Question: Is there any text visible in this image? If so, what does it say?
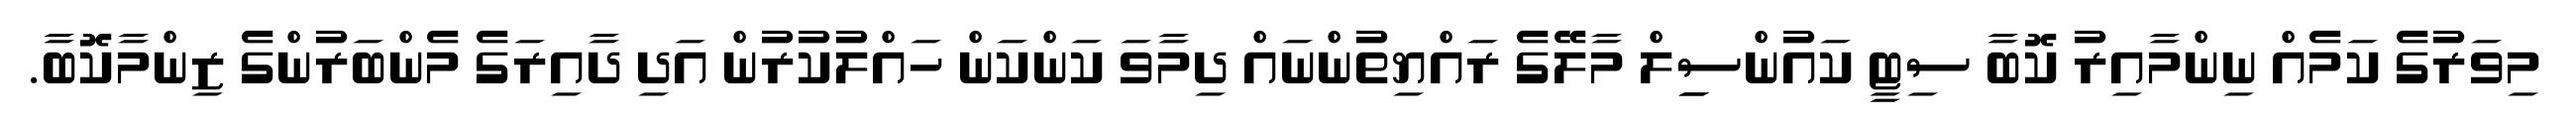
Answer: މިވަރުގެ ކަމެއް ނިންމާއިރު ކޮބާ ސިޓީ ކައުންސިިލް މާލޭގެ ރައްޔިތުންނައް ދިމާވަ ކަންކަން ހައްލުކުރުން އަދި ދާއިރަގެ މެންބަރުންގެ ޒިންމާކޮބާ.